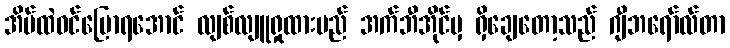
အိမ်ထဲဝင်ပြောရအောင် လျစ်လျူရှုထားမည် အက်ဘီအိုင်မှ ရှိချေတော့သည် ဂျီဘရော်လ်တာ